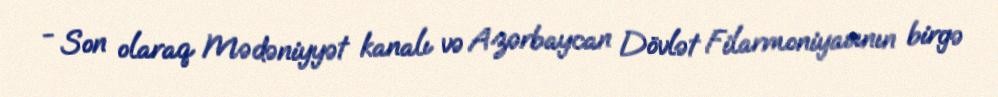
- Son olaraq Mədəniyyət kanalı və Azərbaycan Dövlət Filarmoniyasının birgə